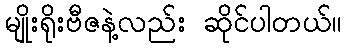
မျိုးရိုးဗီဇနဲ့လည်း ဆိုင်ပါတယ်။